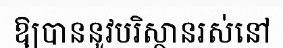
ឱ្យបាននូវបរិស្ថានរស់នៅ